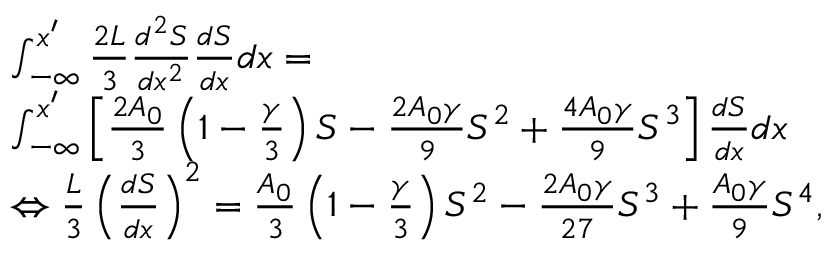
\begin{array} { r l } & { \int _ { - \infty } ^ { x ^ { \prime } } \frac { 2 L } { 3 } \frac { d ^ { 2 } S } { d x ^ { 2 } } \frac { d S } { d x } d x = } \\ & { \int _ { - \infty } ^ { x ^ { \prime } } \left[ \frac { 2 A _ { 0 } } { 3 } \left( 1 - \frac { \gamma } { 3 } \right) S - \frac { 2 A _ { 0 } \gamma } { 9 } S ^ { 2 } + \frac { 4 A _ { 0 } \gamma } { 9 } S ^ { 3 } \right] \frac { d S } { d x } d x } \\ & { \Leftrightarrow \frac { L } { 3 } \left( \frac { d S } { d x } \right) ^ { 2 } = \frac { A _ { 0 } } { 3 } \left( 1 - \frac { \gamma } { 3 } \right) S ^ { 2 } - \frac { 2 A _ { 0 } \gamma } { 2 7 } S ^ { 3 } + \frac { A _ { 0 } \gamma } { 9 } S ^ { 4 } , } \end{array}